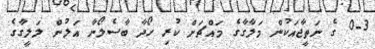
0-3 ގެ ނަތީޖާއަކުން މަލާގާގެ މައްޗަށް ކުރި ހޯދާ ބާސެލޯނާ އަލުން ލަލީގާގެ